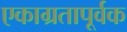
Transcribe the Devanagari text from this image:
एकाग्रतापूर्वक